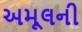
અમૂલની